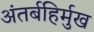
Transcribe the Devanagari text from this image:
अंतर्बहिर्मुख